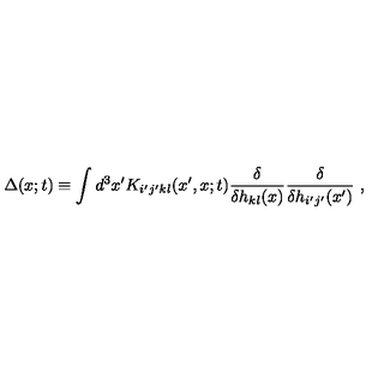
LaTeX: \Delta ( x ; t ) \equiv \int d ^ { 3 } x ^ { \prime } K _ { i ^ { \prime } j ^ { \prime } k l } ( x ^ { \prime } , x ; t ) \frac { \delta } { \delta h _ { k l } ( x ) } \frac { \delta } { \delta h _ { i ^ { \prime } j ^ { \prime } } ( x ^ { \prime } ) } \ ,